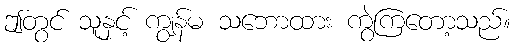
ဤတွင် သူနှင့် ကျွန်မ သဘောထား ကွဲကြတော့သည်။